Annual report on the Civil Veterinary Department, Burma (including the Insein Veterinary School) - 1910-1922
Year: 1910
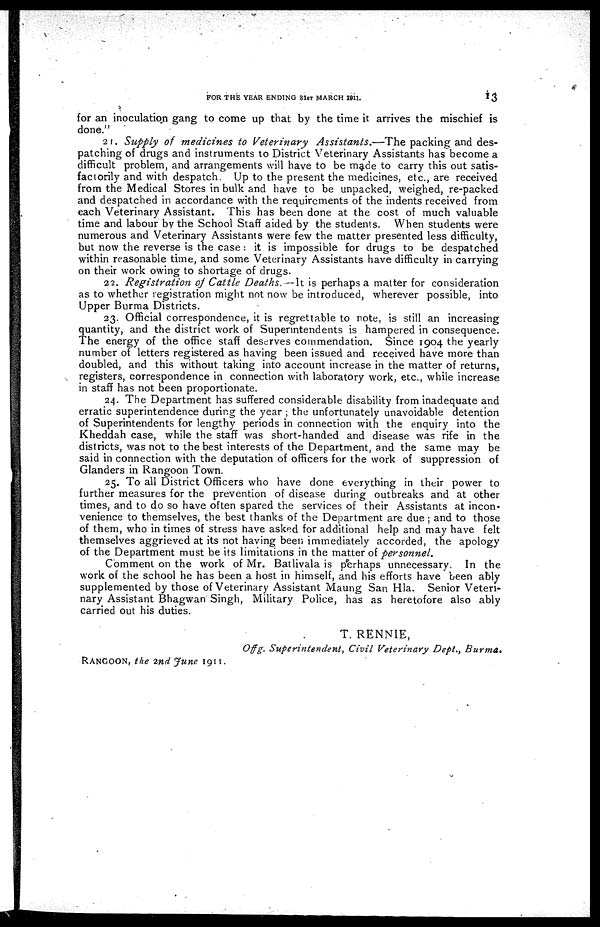
FOR THE YEAR ENDING 31ST MARCH 1911.
1
3
for an inoculation gang to come up that by the time it arrives the mischief is
done."
21. Supply of medicines to Veterinary Assistants.—The
packing and des-
patching of drugs and instruments to District Veterinary Assistants has become a
difficult problem, and arrangements will have to be made to carry this out satis-
factorily and with despatch. Up to the present the medicines, etc., are received
from the Medical Stores in bulk and have to be unpacked, weighed, re-packed
and despatched in accordance with the requirements of the indents received from
each Veterinary Assistant. This has been done at the cost of much valuable
time and labour by the School Staff aided by the students. When students were
numerous and Veterinary Assistants were few the matter presented less difficulty,
but now the reverse is the case: it is impossible for drugs to be despatched
within reasonable time, and some Veterinary Assistants have difficulty in carrying
on their work owing to shortage of drugs.
22. Registration of Cattle Deaths.
It is perhaps a matter for consideration
as to whether registration might not now be introduced, wherever possible, into
Upper Burma Districts.
23. Official correspondence, it is regrettable to note, is still an increasing
quantity, and the district work of Superintendents is hampered in consequence.
The energy of the office staff deserves commendation. Since 1904 the yearly
number of letters registered as having been issued and received have more than
doubled, and this without taking into account increase in the matter of returns,
registers, correspondence in connection with laboratory work, etc., while increase
in staff has not been proportionate.
24. The Department has suffered considerable disability from inadequate and
erratic superintendence during the year ; the unfortunately unavoidable detention
of Superintendents for lengthy periods in connection with the enquiry into the
Kheddah case, while the staff was short-handed and disease was rife in the
districts, was not to the best interests of the Department, and the same may be
said in connection with the deputation of officers for the work of suppression of
Glanders in Rangoon Town.
25. To all District Officers who have done everything in their power to
further measures for the prevention of disease during outbreaks and at other
times, and to do so have often spared the services of their Assistants at incon*
venience to themselves, the best thanks of the Department are due; and to those
of them, who in times of stress have asked for additional help and may have felt
themselves aggrieved at its not having been immediately accorded, the apology
of the Department must be its limitations in the matter of personnel.
Comment on the work of Mr. Batlivala is perhaps unnecessary. In the
work of the school he has been a host in himself, and his efforts have been ably
supplemented by those of Veterinary Assistant Maung San Hla. Senior Veteri-
nary Assistant Bhagwan Singh, Military Police, has as heretofore also ably
carried out his duties.
T. RENNIE,
Offg. Superintendent
Civil Veterinary Dept., Burma.
RANGOON, the 2nd June 1911.